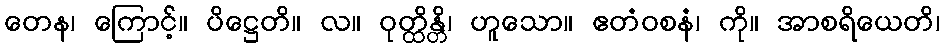
တေန၊ ကြောင့်။ ပိဋ္ဌေတိ။ လ။ ဝုတ္ထိန္တိ၊ ဟူသော။ ဧတံဝစနံ၊ ကို။ အာစရိယေတိ၊